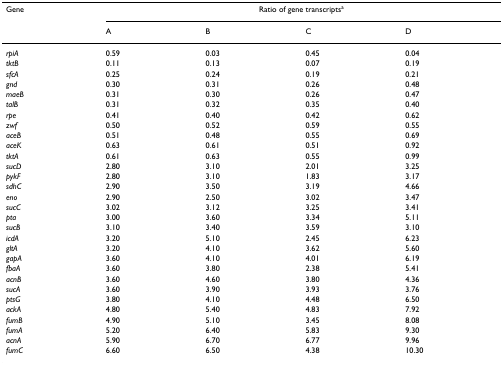
<table><thead><tr><td><b>Gene</b></td><td colspan="4"><b>Ratio of gene transcripts<sup>a</sup></b></td></tr><tr><td></td><td><b>A</b></td><td><b>B</b></td><td><b>C</b></td><td><b>D</b></td></tr></thead><tbody><tr><td><i>rpiA</i></td><td>0.59</td><td>0.03</td><td>0.45</td><td>0.04</td></tr><tr><td><i>tktB</i></td><td>0.11</td><td>0.13</td><td>0.07</td><td>0.19</td></tr><tr><td><i>sfcA</i></td><td>0.25</td><td>0.24</td><td>0.19</td><td>0.21</td></tr><tr><td><i>gnd</i></td><td>0.30</td><td>0.31</td><td>0.26</td><td>0.48</td></tr><tr><td><i>maeB</i></td><td>0.31</td><td>0.30</td><td>0.26</td><td>0.47</td></tr><tr><td><i>talB</i></td><td>0.31</td><td>0.32</td><td>0.35</td><td>0.40</td></tr><tr><td><i>rpe</i></td><td>0.41</td><td>0.40</td><td>0.42</td><td>0.62</td></tr><tr><td><i>zwf</i></td><td>0.50</td><td>0.52</td><td>0.59</td><td>0.55</td></tr><tr><td><i>aceB</i></td><td>0.51</td><td>0.48</td><td>0.55</td><td>0.69</td></tr><tr><td><i>aceK</i></td><td>0.63</td><td>0.61</td><td>0.51</td><td>0.92</td></tr><tr><td><i>tktA</i></td><td>0.61</td><td>0.63</td><td>0.55</td><td>0.99</td></tr><tr><td><i>sucD</i></td><td>2.80</td><td>3.10</td><td>2.01</td><td>3.25</td></tr><tr><td><i>pykF</i></td><td>2.80</td><td>3.10</td><td>1.83</td><td>3.17</td></tr><tr><td><i>sdhC</i></td><td>2.90</td><td>3.50</td><td>3.19</td><td>4.66</td></tr><tr><td><i>eno</i></td><td>2.90</td><td>2.50</td><td>3.02</td><td>3.47</td></tr><tr><td><i>sucC</i></td><td>3.02</td><td>3.12</td><td>3.25</td><td>3.41</td></tr><tr><td><i>pta</i></td><td>3.00</td><td>3.60</td><td>3.34</td><td>5.11</td></tr><tr><td><i>sucB</i></td><td>3.10</td><td>3.40</td><td>3.59</td><td>3.10</td></tr><tr><td><i>icdA</i></td><td>3.20</td><td>5.10</td><td>2.45</td><td>6.23</td></tr><tr><td><i>gltA</i></td><td>3.20</td><td>4.10</td><td>3.62</td><td>5.60</td></tr><tr><td><i>gapA</i></td><td>3.60</td><td>4.10</td><td>4.01</td><td>6.19</td></tr><tr><td><i>fbaA</i></td><td>3.60</td><td>3.80</td><td>2.38</td><td>5.41</td></tr><tr><td><i>acnB</i></td><td>3.60</td><td>4.60</td><td>3.80</td><td>4.36</td></tr><tr><td><i>sucA</i></td><td>3.60</td><td>3.90</td><td>3.93</td><td>3.76</td></tr><tr><td><i>ptsG</i></td><td>3.80</td><td>4.10</td><td>4.48</td><td>6.50</td></tr><tr><td><i>ackA</i></td><td>4.80</td><td>5.40</td><td>4.83</td><td>7.92</td></tr><tr><td><i>fumB</i></td><td>4.90</td><td>5.10</td><td>3.45</td><td>8.08</td></tr><tr><td><i>fumA</i></td><td>5.20</td><td>6.40</td><td>5.83</td><td>9.30</td></tr><tr><td><i>acnA</i></td><td>5.90</td><td>6.70</td><td>6.77</td><td>9.96</td></tr><tr><td><i>fumC</i></td><td>6.60</td><td>6.50</td><td>4.38</td><td>10.30</td></tr></tbody></table>